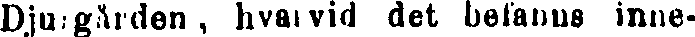
Djurgården, hvarvid det befanns inne-